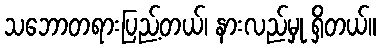
သဘောတရားပြည့်တယ်၊ နားလည်မှု ရှိတယ်။